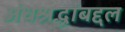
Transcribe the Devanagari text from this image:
अंधश्रद्धांबद्दल